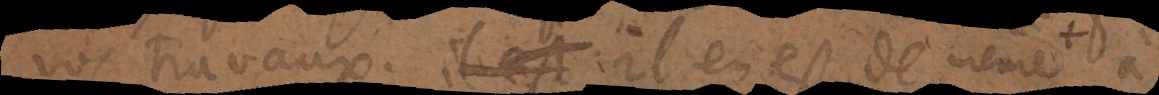
vos travaux. Il en est de même à